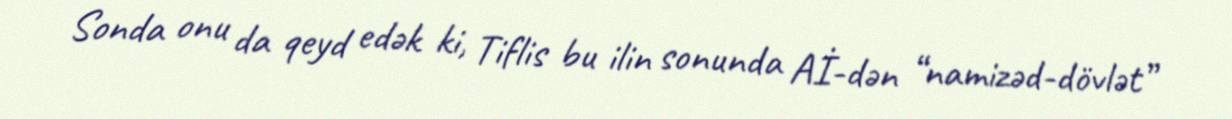
Sonda onu da qeyd edək ki, Tiflis bu ilin sonunda Aİ-dən “namizəd-dövlət”